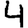
Digit: 4